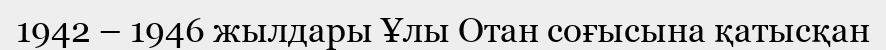
1942 – 1946 жылдары Ұлы Отан соғысына қатысқан